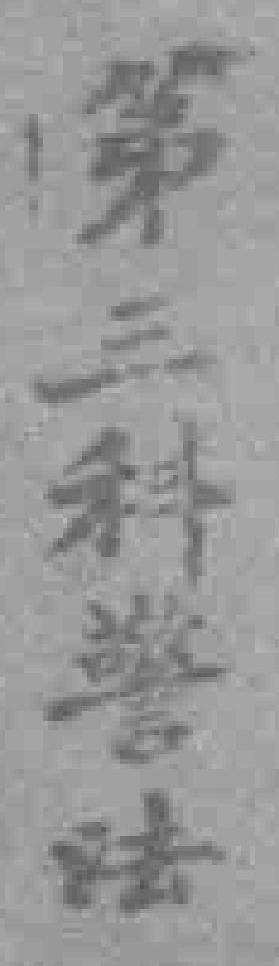
第三科警法